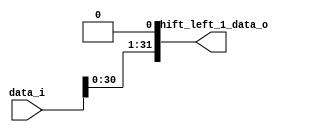
module ShiftLeft1(
    input [31:0] data_i,
    output [31:0] shift_left_1_data_o,
);

    assign shift_left_1_data_o = data_i << 1 ; 
    
endmodule